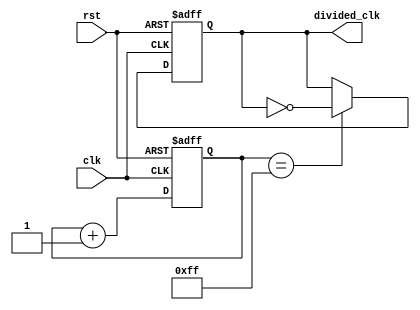
module ripple_counter_clock_divider(
    input wire clk,
    input wire rst,
    output reg divided_clk
);
    
reg [7:0] counter;

always @(posedge clk or posedge rst) begin
    if (rst) begin
        counter <= 8'h00;
    end else begin
        counter <= counter + 1;
    end
end

always @(posedge clk or posedge rst) begin
    if (rst) begin
        divided_clk <= 1'b0;
    end else begin
        if (counter == 8'hFF) begin
            divided_clk <= ~divided_clk;
        end
    end
end

endmodule